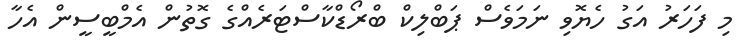
މި ފަހަރު އަގު ހެޔޮވި ނަމަވެސް ޕަބްލިކް ބްރޯޑްކާސްޓަރެއްގެ ގޮތުން އެމްބީސީން އެހާ